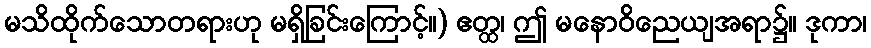
မသိထိုက်သောတရားဟု မရှိခြင်းကြောင့်။) ဧတ္ထ၊ ဤ မနောဝိညေယျအရာ၌။ ဒုကာ၊